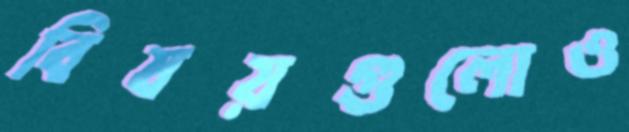
বিষয়গুলোও